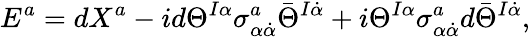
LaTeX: E^{a}=dX^{a}-id\Theta^{I\alpha}\sigma_{\alpha\dot{\alpha}}^{a}\bar{\Theta}^{I\dot{\alpha}}+i\Theta^{I\alpha}\sigma_{\alpha\dot{\alpha}}^{a}d\bar{\Theta}^{I\dot{\alpha}},